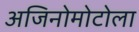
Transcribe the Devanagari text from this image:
अजिनोमोटोला